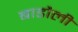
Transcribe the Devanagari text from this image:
बाडौली